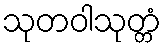
သုတဝါသုတ္တံ